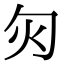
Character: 灳